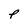
Character: P